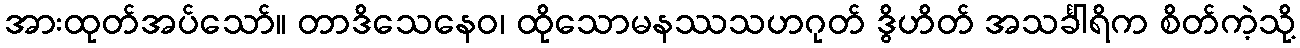
အားထုတ်အပ်သော်။ တာဒိသေနေဝ၊ ထိုသောမနဿသဟဂုတ် ဒွိဟိတ် အသင်္ခါရိက စိတ်ကဲ့သို့